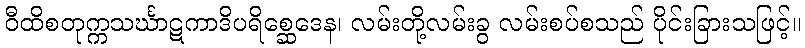
ဝီထိစတုက္ကသင်္ဃာဋကာဒိပရိစ္ဆေဒေန၊ လမ်းတို့လမ်းခွ လမ်းစပ်စသည် ပိုင်းခြားသဖြင့်။